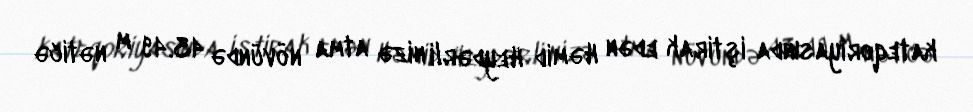
kateqoriyasında iştirak edən Həmid Heydərli nizə atma növündə 43.49 m nəticə